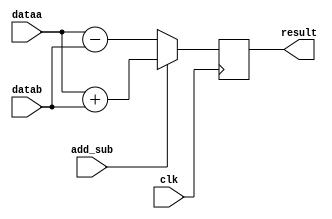
// Quartus II Verilog Template
// Signed adder/subtractor

module signed_adder_subtractor
#(parameter WIDTH=16)
(
	input signed [WIDTH-1:0] dataa,
	input signed [WIDTH-1:0] datab,
	input add_sub,	  // if this is 1, add; else subtract
	input clk,
	output reg [WIDTH:0] result
);

	always @ (posedge clk)
	begin
		if (add_sub)
			result <= dataa + datab;
		else
			result <= dataa - datab;
	end

endmodule